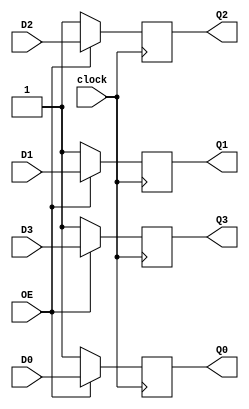
`timescale 1ns / 1ps
//////////////////////////////////////////////////////////////////////////////////
// Company: 
// Engineer: 
// 
// Design Name: 
// Module Name:    Registro_Tercer_Estado 
// Project Name: 
// Target Devices: 
// Tool versions: 
// Description: 
//
// Dependencies: 
//
// Revision: 
// Revision 0.01 - File Created
// Additional Comments: 
//
//////////////////////////////////////////////////////////////////////////////////
module Registro_Administrador_de_Alertas(
    input clock,
    input OE,
    input D0,D1,D2,D3,
    output Q0,Q1,Q2,Q3
    );
reg Qp0,Qp1,Qp2,Qp3;
always @(posedge clock)
begin
if (OE)
	begin
		Qp0=D0;
		Qp1=D1;
		Qp2=D2;
		Qp3=D3;
	end
else
	begin
		Qp0=1'b1;
		Qp1=1'b1;
		Qp2=1'b1;
		Qp3=1'b1;
	end
end
assign Q0=Qp0;
assign Q1=Qp1;
assign Q2=Qp2;
assign Q3=Qp3;

endmodule